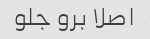
اصلا برو جلو